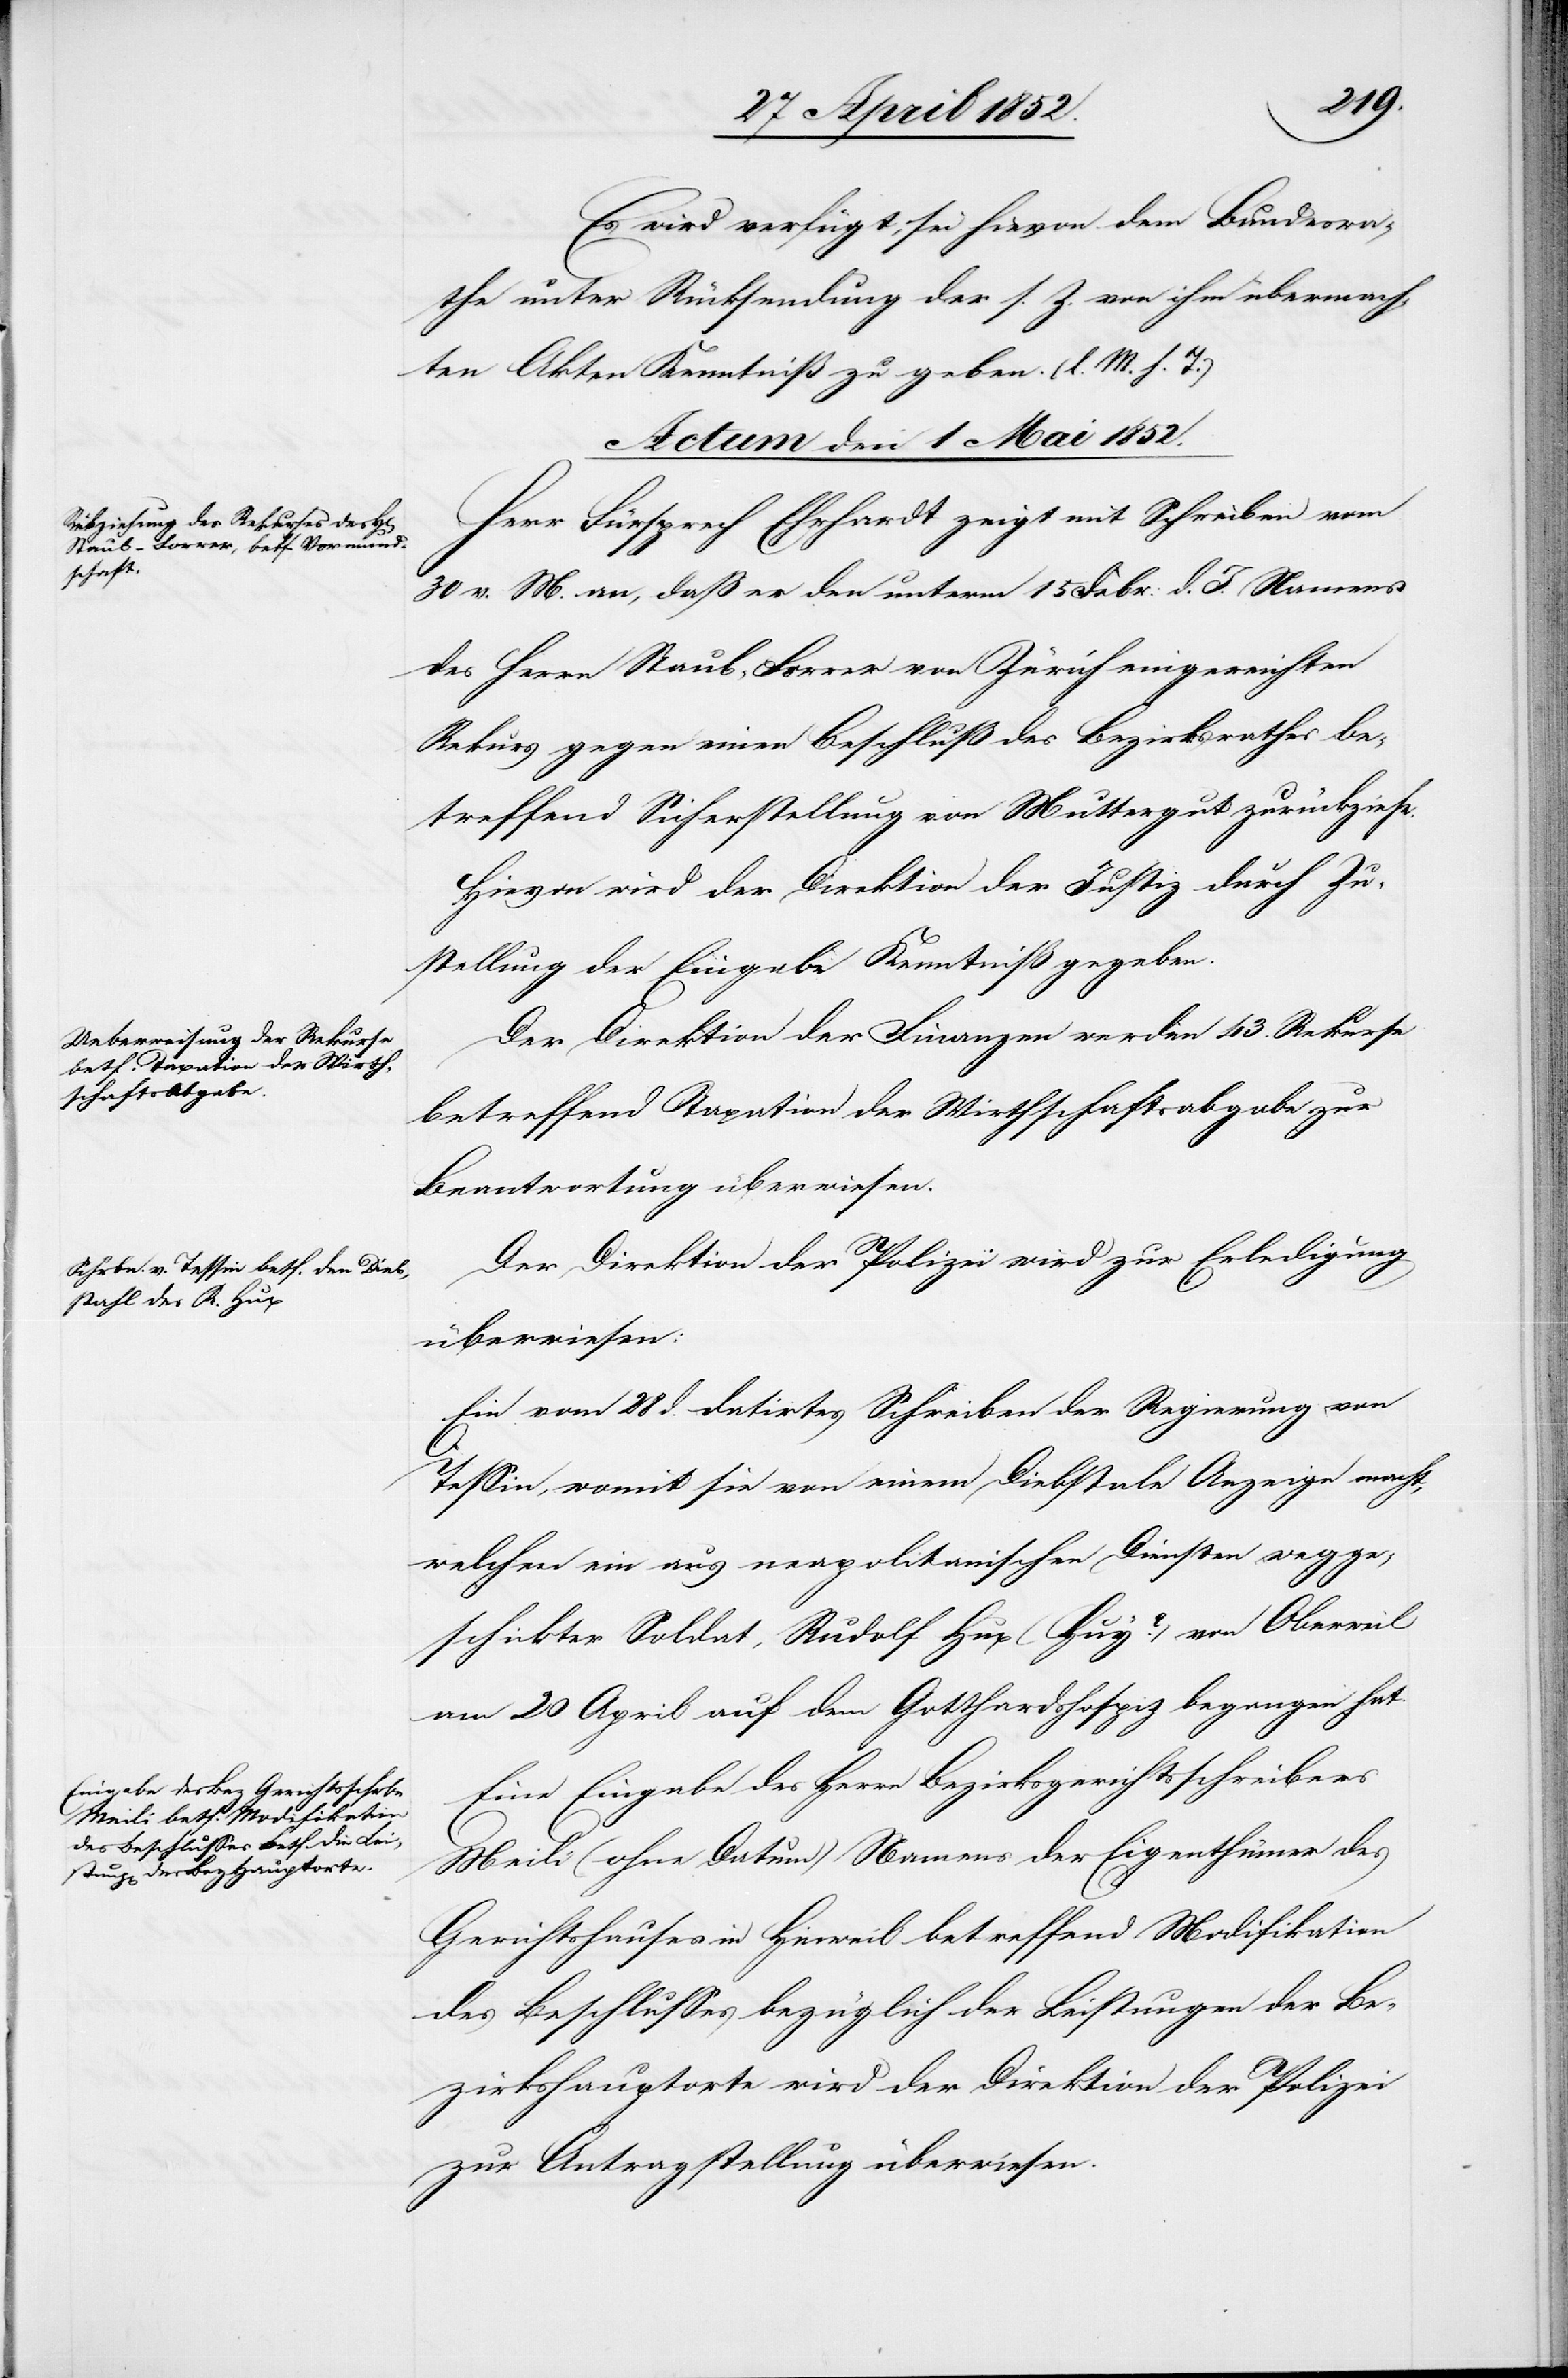
Es wird verfügt, sei hievon dem Bundesra¬
the unter Rücksendung der s. Z. von ihm übermach¬
ten Akten Kenntniß zu geben. (l. M. h. T.)
Actum den 1 Mai 1852.]
Herr Fürsprech Ehrhardt zeigt mit Schreiben vom
30 v. M. an, daß er den unterm 15 Febr: d. J. Namens
des Herrn Staub-Forrer von Zürich eingereichten
Rekurs gegen einen Beschluß des Bezirksrathes be¬
treffend Sicherstellung von Muttergut zurückziehe.
Hievon wird der Direktion der Justiz durch Zu¬
stellung der Eingabe Kenntniß gegeben.
Der Direktion der Finanzen werden 43. Rekurse
betreffend Taxation der Wirthschaftsabgabe zur
Beantwortung überwiesen.
Der Direktion der Polizei wird zur Erledigung
überwiesen:
Ein vom 28 d. datirtes Schreiben der Regierung von
Tessin, womit sie von einem Diebstale Anzeige macht,
welchen ein aus neapolitanischen Diensten wegge¬
schickter Soldat, Rudolf Hux (Huy?) von Oberweil
am 20 April auf dem Gotthardshospiz begangen hat.
Eine Eingabe des Herrn Bezirksgerichtsschreibers
Meili (ohne Datum) Namens der Eigenthümer des
Gerichtshauses in Hinweil betreffend Modifikation
des Beschlusses bezüglich der Leistungen der Be¬
zirkshauptorte wird der Direktion der Polizei
zur Antragstellung überwiesen.